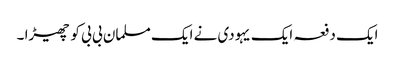
ایک دفعہ ایک یہودی نے ایک مسلمان بی بی کو چھیڑا ۔